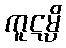
ကူဋမ္ပိ